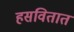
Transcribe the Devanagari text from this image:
हसवितात